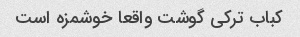
کباب ترکی گوشت واقعا خوشمزه است